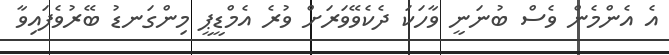
އެ އެންމެން ވެސް ބުނަނީ ވާހަކަ ދެކެވޭވަރަށް ވުރެ އެމްޑީޕީ މިންގަނޑު ބޭރުވެފައިވާ